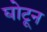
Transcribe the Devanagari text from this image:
घोटून